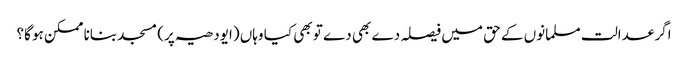
اگر عدالت مسلمانوں کے حق میں فیصلہ دے بھی دے تو بھی کیا وہاں (ایودھیہ پر) مسجد بنانا ممکن ہو گا؟